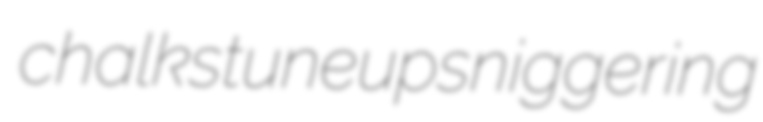
chalks tuneup sniggering